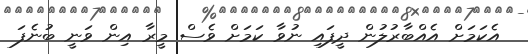
އެކަމަށް އެއްބާރުލުން ދީފައި ނުވާ ކަމަށް ވެސް މީރާ އިން ވަނީ ބުނެފަ